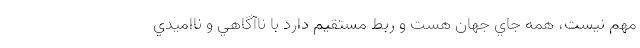
مهم نيست، همه جاي جهان هست و ربط مستقيم دارد با ناآگاهي و نااميدي